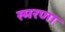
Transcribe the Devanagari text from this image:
स्मरणा